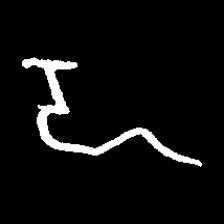
Pyu character \u2014 Myanmar letter: ဍ (romanized: dda)